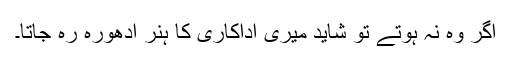
اگر وہ نہ ہوتے تو شاید میری اداکاری کا ہنر ادھورہ رہ جاتا۔